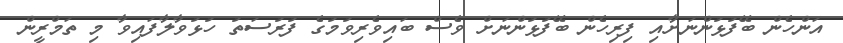
އަންހެން ބޭފުޅުންނަށާއި ފިރިހެން ބޭފުޅުންނަށް ވެސް ބައިވެރިވުމުގެ ފުރުސަތު ހުޅުވާލާފައިވާ މި ތަމްރީން